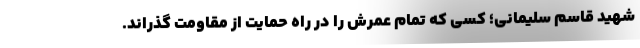
شهید قاسم سلیمانی؛ کسی که تمام عمرش را در راه حمایت از مقاومت گذراند.